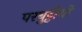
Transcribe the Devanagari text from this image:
परबुट्टीयों